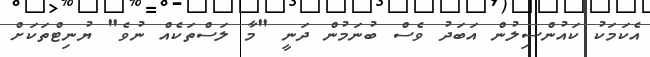
އެކަމަކު ކައުންސިލުން އަބަދު ވެސް ބުނަމުން ދަނީ "މާ ލަސްތަކެއް ނުވެ" ޔުނިޓްތަކަށް